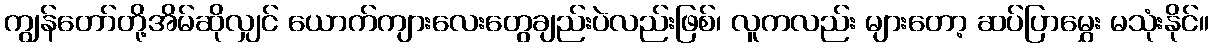
ကျွန်တော်တို့အိမ်ဆိုလျှင် ယောက်ကျားလေးတွေချည်းပဲလည်းဖြစ်၊ လူကလည်း များတော့ ဆပ်ပြာမွှေး မသုံးနိုင်။